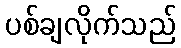
ပစ်ချလိုက်သည်